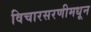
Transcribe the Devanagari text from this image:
विचारसरणीमधून